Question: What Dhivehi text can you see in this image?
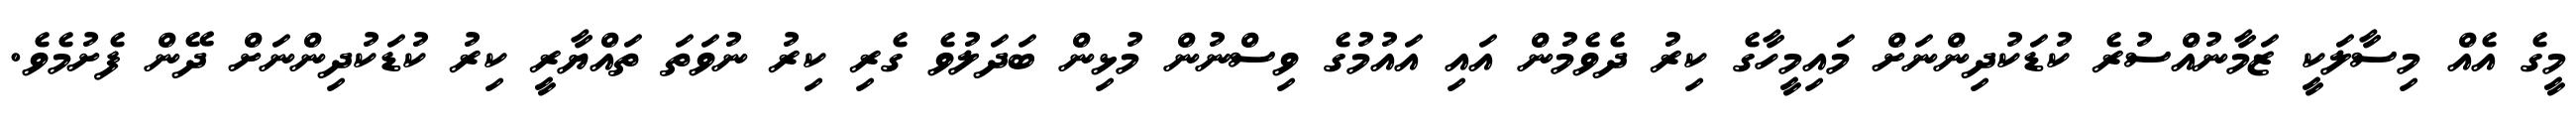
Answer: މީގެ އެއް މިސާލަކީ ޒަމާނުއްސުރެ ކުޑަކުދިންނަށް މައިމީހާގެ ކިރު ދެވެމުން އައި އައުމުގެ ވިސްނުން މުޅިން ބަދަލުވެ ގެރި ކިރު ނުވަތަ ތައްޔާރީ ކިރު ކުޑަކުދިންނަށް ދޭން ފެށުމެވެ.